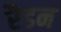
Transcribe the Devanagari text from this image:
रैडन